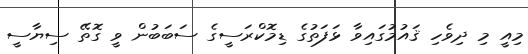
މިއީ މި ދިވެހި ޤައުމުގައިވާ ޅަފަތުގެ ޑިމޮކްރަސީގެ ސަބަބުން ވީ ގޮތޭ ސިޔާސީ